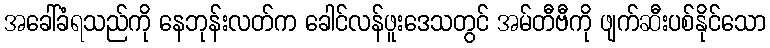
အခေါ်ခံရသည်ကို နေဘုန်းလတ်က ခေါင်လန်ဖူးဒေသတွင် အမ်တီဗီကို ဖျက်ဆီးပစ်နိုင်သော